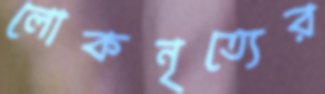
লোকনৃত্যের